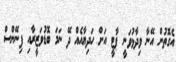
އެގޮތުން އޭނާ ވިދާޅުވަނީ ޕާޓީ އަށް ހަދިޔާއެއް ދޭ ނަމަ ބޮޑުވަޒީރާއި ފިނޭންސް